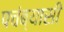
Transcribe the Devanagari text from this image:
पचंब्यासी